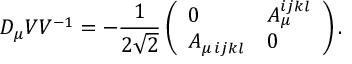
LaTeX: D _ { \mu } { \cal V } { \cal V } ^ { - 1 } = - { \frac { 1 } { 2 \sqrt 2 } } \left( \begin{array} { l l } { { 0 } } & { { { \cal A } _ { \mu } ^ { i j k l } } } \\ { { { \cal A } _ { \mu \, i j k l } } } & { { 0 } } \end{array} \right) .